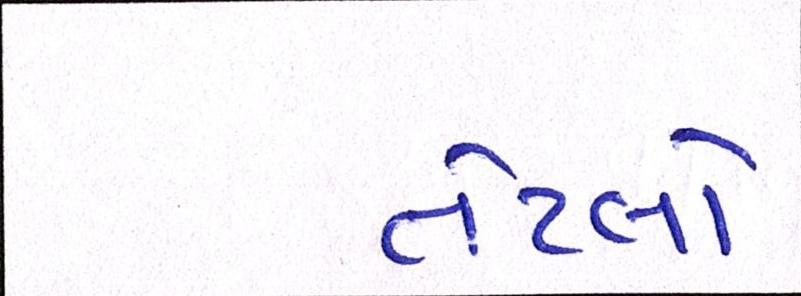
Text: તેટલો